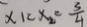
x _ { 1 } = x _ { 2 } = \frac { 3 } { 4 }